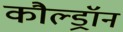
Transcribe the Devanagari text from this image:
कौल्ड्रॉन